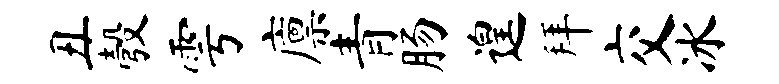
丑彀雩廪青肠遑拜交冰